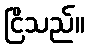
ငြိသည်။